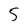
Character: 5